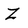
Character: Z